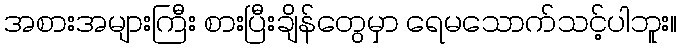
အစားအများကြီး စားပြီးချိန်တွေမှာ ရေမသောက်သင့်ပါဘူး။